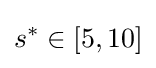
s^{*}\in [5,10]